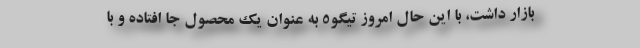
بازار داشت، با این حال امروز تیگو5 به عنوان یک محصول جا افتاده و با